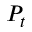
P _ { t }